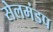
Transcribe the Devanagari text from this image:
सेलमंडप